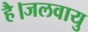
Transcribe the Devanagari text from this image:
है।जलवायु